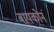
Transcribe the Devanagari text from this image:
बायकोनं